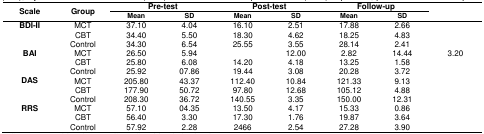
<table><thead><tr><td rowspan="2"><b>Scale</b></td><td rowspan="2"><b>Group</b></td><td colspan="2"><b>Pre-test</b></td><td colspan="2"><b>Post-test</b></td><td colspan="3"><b>Follow-up</b></td><td></td></tr><tr><td><b>Mean</b></td><td><b>SD</b></td><td><b>Mean</b></td><td><b>SD</b></td><td><b>Mean</b></td><td><b>SD</b></td><td colspan="2"></td></tr></thead><tbody><tr><td><b>BDI-II</b></td><td>MCT</td><td>37.10</td><td>4.04</td><td>16.10</td><td>2.51</td><td>17.88</td><td>2.66</td><td colspan="2"></td></tr><tr><td></td><td>CBT</td><td>34.40</td><td>5.50</td><td>18.30</td><td>4.62</td><td>18.25</td><td>4.83</td><td colspan="2"></td></tr><tr><td></td><td>Control</td><td>34.30</td><td>6.54</td><td>25.55</td><td>3.55</td><td>28.14</td><td>2.41</td><td colspan="2"></td></tr><tr><td><b>BAI</b></td><td>MCT</td><td>26.50</td><td>5.94</td><td></td><td>12.00</td><td>2.82</td><td>14.44</td><td colspan="2">3.20</td></tr><tr><td></td><td>CBT</td><td>25.80</td><td>6.08</td><td>14.20</td><td>4.18</td><td>13.25</td><td>1.58</td><td colspan="2"></td></tr><tr><td></td><td>Control</td><td>25.92</td><td>07.86</td><td>19.44</td><td>3.08</td><td>20.28</td><td>3.72</td><td colspan="2"></td></tr><tr><td><b>DAS</b></td><td>MCT</td><td>205.80</td><td>43.37</td><td>112.40</td><td>10.84</td><td>121.33</td><td>9.13</td><td colspan="2"></td></tr><tr><td></td><td>CBT</td><td>177.90</td><td>50.72</td><td>97.80</td><td>12.68</td><td>105.12</td><td>4.88</td><td colspan="2"></td></tr><tr><td></td><td>Control</td><td>208.30</td><td>36.72</td><td>140.55</td><td>3.35</td><td>150.00</td><td>12.31</td><td colspan="2"></td></tr><tr><td><b>RRS</b></td><td>MCT</td><td>57.10</td><td>04.35</td><td>13.50</td><td>4.17</td><td>15.33</td><td>0.86</td><td colspan="2"></td></tr><tr><td></td><td>CBT</td><td>56.40</td><td>3.30</td><td>17.30</td><td>1.76</td><td>19.87</td><td>3.64</td><td colspan="2"></td></tr><tr><td></td><td>Control</td><td>57.92</td><td>2.28</td><td>2466</td><td>2.54</td><td>27.28</td><td>3.90</td><td colspan="2"></td></tr></tbody></table>